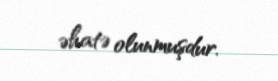
əhatə olunmuşdur.